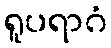
ရူပရာဂံ